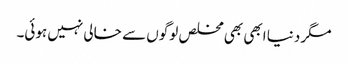
مگر دنیا ابھی بھی مخلص لوگوں سے خالی نہیں ہوئی۔